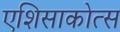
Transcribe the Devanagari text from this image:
एशिसाकोत्स